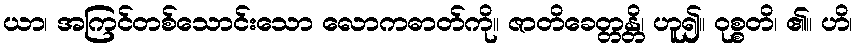
ယာ၊ အကြင်တစ်သောင်းသော လောကဓာတ်ကို။ ဇာတိခေတ္တန္တိ၊ ဟူ၍။ ဝုစ္စတိ၊ ၏။ ဟိ၊